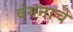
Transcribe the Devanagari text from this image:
वंगनाचे